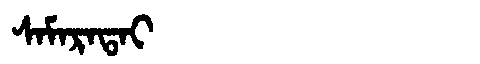
Manchu: ᠰᠠᠮᠠᡵᠠᡨᠠᡳ
Romanization: SAMARATAI